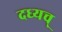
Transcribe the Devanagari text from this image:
दध्यच्